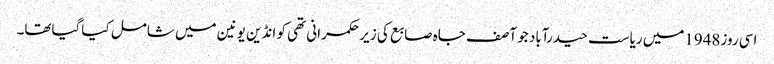
اسی روز1948میں ریاست حیدرآباد جو آصف جاہ صابع کی زیر حکمرانی تھی کو انڈین یونین میں شامل کیاگیاتھا۔